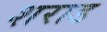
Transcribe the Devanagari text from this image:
शराड